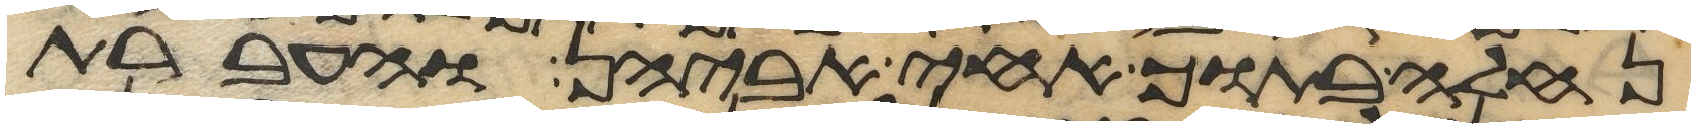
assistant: נחלה בתוך אחי אביהן והעברת